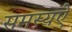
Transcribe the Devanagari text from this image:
समस्यऐ